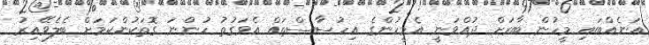
އަނެއްބައި މީހުން ބާރަށް ދުއްވަނީ އެމީހުންގެ އިހުސާސްތައް އެވަގުތު ހުންނަ ގޮތަކުންކަމަށް ބެލެވޭއިރު